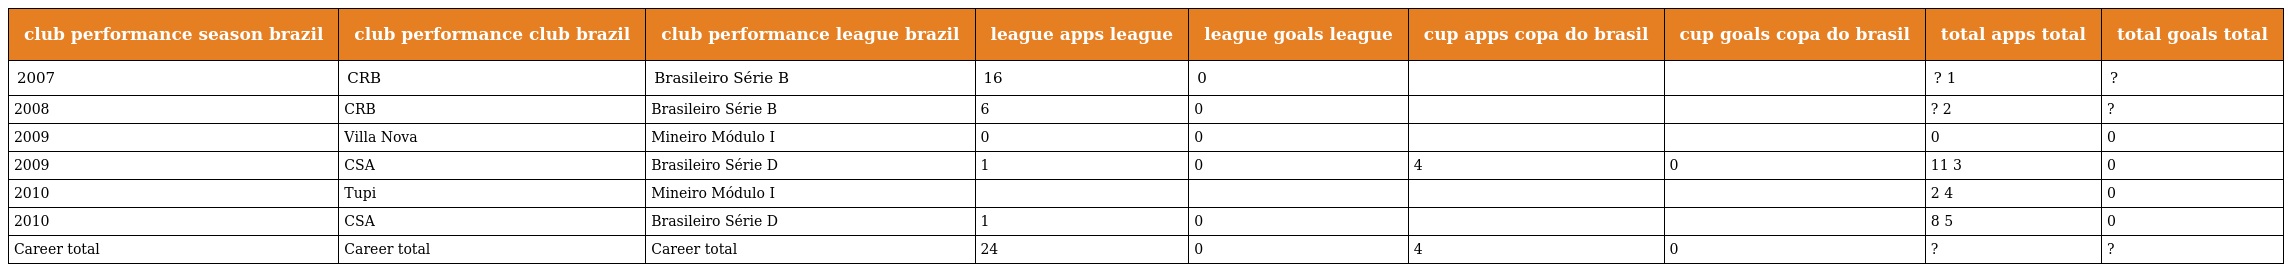
| club performance season brazil | club performance club brazil | club performance league brazil | league apps league | league goals league | cup apps copa do brasil | cup goals copa do brasil | total apps total | total goals total |
 | --- | --- | --- | --- | --- | --- | --- | --- | --- |
 | 2007 | CRB | Brasileiro Série B | 16 | 0 |  |  | ? 1 | ? |
 | 2008 | CRB | Brasileiro Série B | 6 | 0 |  |  | ? 2 | ? |
 | 2009 | Villa Nova | Mineiro Módulo I | 0 | 0 |  |  | 0 | 0 |
 | 2009 | CSA | Brasileiro Série D | 1 | 0 | 4 | 0 | 11 3 | 0 |
 | 2010 | Tupi | Mineiro Módulo I |  |  |  |  | 2 4 | 0 |
 | 2010 | CSA | Brasileiro Série D | 1 | 0 |  |  | 8 5 | 0 |
 | Career total | Career total | Career total | 24 | 0 | 4 | 0 | ? | ? |